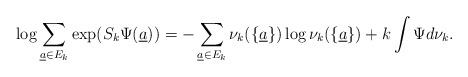
\begin{align*}\log\sum_{\underline{a}\in E_k}\exp(S_{k}\Psi(\underline{a}))=-\sum_{\underline{a}\in E_k}\nu_k(\{\underline{a}\})\log\nu_k(\{\underline{a}\})+k\int\Psi d\nu_k.\end{align*}